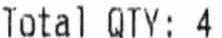
TOTAL QTY:4